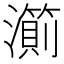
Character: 𱩹